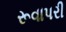
રૂવાપરી